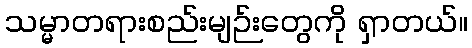
သမ္မာတရားစည်းမျဉ်းတွေကို ရှာတယ်။